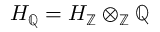
H _ { \mathbb { Q } } = H _ { \mathbb { Z } } \otimes _ { \mathbb { Z } } \mathbb { Q }